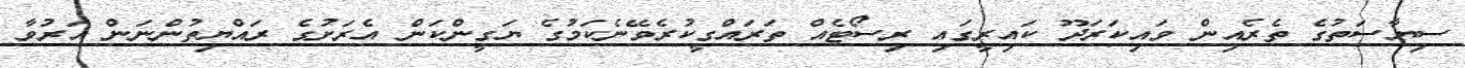
ސިޔާސަތުގެ ތެރެއިން ވައިކަރަދޫ ކައިރީގައި ރިސޯޓެއް ތަރައްގީކުރެވޭނެކަމުގެ ޔަގީންކަން އެރަށުގެ ރައްޔިތުންނަން އަރުވާ